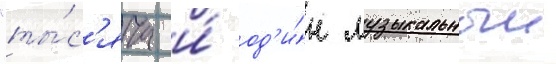
"ты́с'яча и́ од'и́н музыкальныи